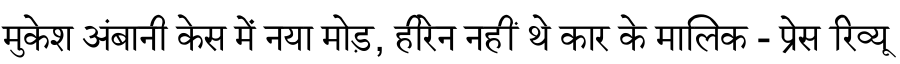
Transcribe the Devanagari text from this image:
मुकेश अंबानी केस में नया मोड़, हीरेन नहीं थे कार के मालिक - प्रेस रिव्यू